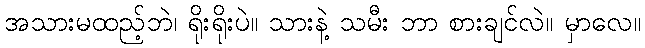
အသားမထည့်ဘဲ၊ ရိုးရိုးပဲ။ သားနဲ့ သမီး ဘာ စားချင်လဲ။ မှာလေ။